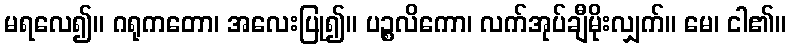
မရလေ၍။ ဂရုကတော၊ အလေးပြု၍။ ပဉ္စလိကော၊ လက်အုပ်ချီမိုးလျှက်။ မေ၊ ငါ၏။